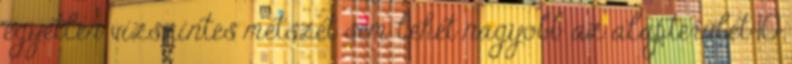
egyetlen vízszintes metszet sem lehet nagyobb az alapterület 10